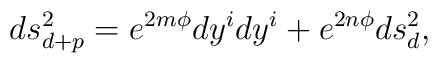
ds^2_{d+p}=e^{2m\phi}dy^idy^i + e^{2n\phi}ds^2_d,